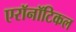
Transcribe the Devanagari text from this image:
एरॉनॉटिकल